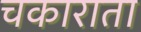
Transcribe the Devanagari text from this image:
चकाराता